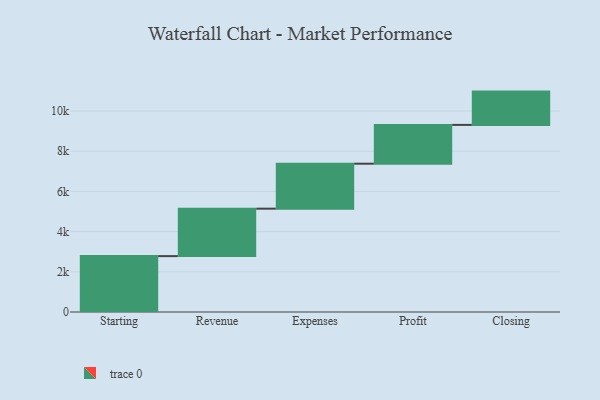
{"axis": {"x": "Step", "y": "Value"}, "legend": [""], "data": [{"x": "Starting", "y": 2781.0, "type": ""}, {"x": "Revenue", "y": 2361.0, "type": ""}, {"x": "Expenses", "y": 2238.0, "type": ""}, {"x": "Profit", "y": 1931.0, "type": ""}, {"x": "Closing", "y": 1657.0, "type": ""}]}